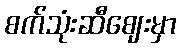
စက်သုံးဆီဈေးမှာ